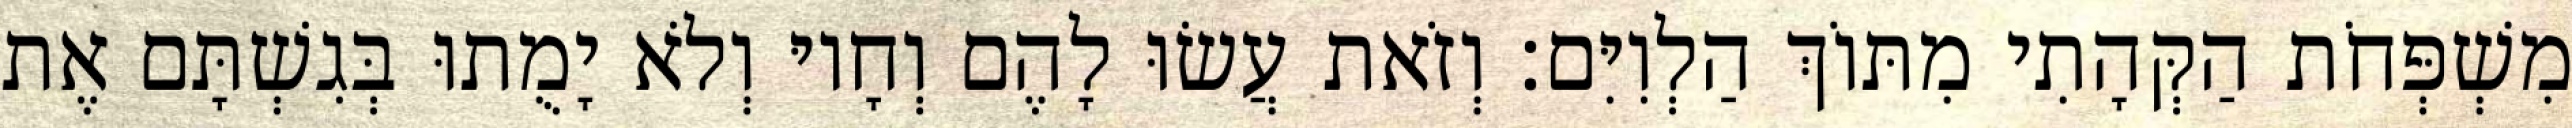
מִשְׁפְּחֹת הַקְּהָתִי מִתּוֹךְ הַלְוִיִּם׃ וְזֹאת עֲשׂוּ לָהֶם וְחָיוּ וְלֹא יָמֻתוּ בְּגִשְׁתָּם אֶת